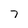
Character: 7